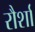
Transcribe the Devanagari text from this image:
रौर्शा